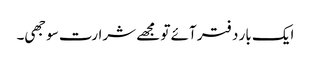
ایک بار دفتر آئے تو مجھے شرارت سوجھی۔